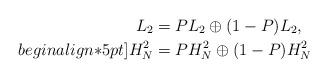
LaTeX: \begin{align*} L_2 &= PL_2 \oplus (1-P)L_2, \\begin{align*}5pt]H_N^2 &= PH_N^2 \oplus (1-P)H_N^2\end{align*}